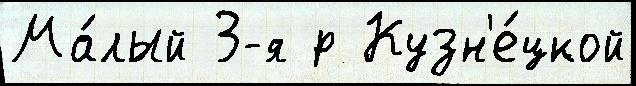
Ма́лый 3-я р Кузн'е́цкой